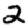
Digit: 2